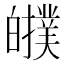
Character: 𤾷